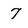
Character: 7